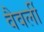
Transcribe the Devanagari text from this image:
वैवर्ली